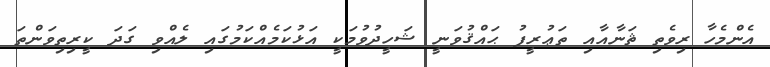
އެންމެހާ ރިވެތި ޘަނާއާއި ތަޢުރީފު ޙައްޤުވަނީ ޝަހީދުވުމަކީ އަޅުކަމެއްކަމުގައި ލެއްވި ގަދަ ކީރިތިވަންތަ